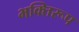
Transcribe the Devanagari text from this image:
भक्तिरूप